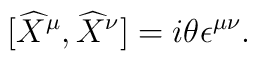
\lbrack\widehat{X}^{\mu},\widehat{X}^{\nu}]=i\theta\epsilon^{\mu\nu}.